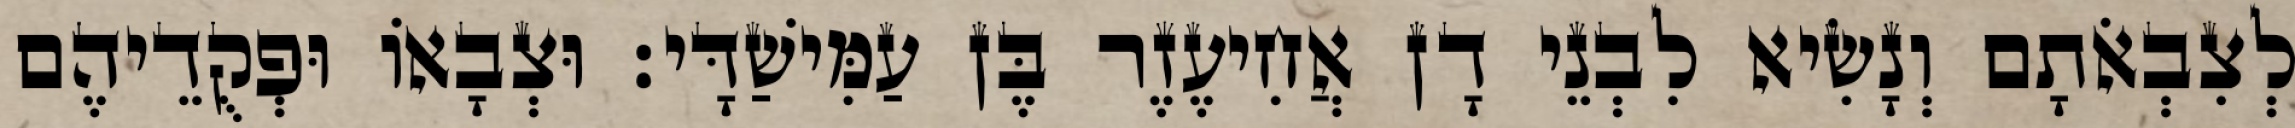
לְצִבְאֹתָם וְנָשִׂיא לִבְנֵי דָן אֲחִיעֶזֶר בֶּן עַמִּישַׁדָּי׃ וּצְבָאוֹ וּפְקֻדֵיהֶם